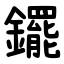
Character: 䥯